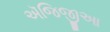
ઍજિજીઆ